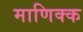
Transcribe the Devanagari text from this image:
माणिक्क